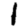
Digit: 1